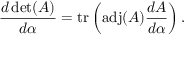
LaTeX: { \frac { d \operatorname* { d e t } ( A ) } { d \alpha } } = \operatorname { t r } \left( \operatorname { a d j } ( A ) { \frac { d A } { d \alpha } } \right) .